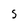
Character: 5